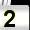
Digit: 2